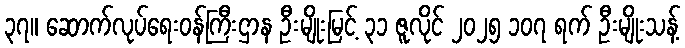
၃၇။ ဆောက်လုပ်ရေးဝန်ကြီးဌာန ဦးမျိုးမြင့် ၃၁ ဇူလိုင် ၂၀၂၅ ၁၀၇ ရက် ဦးမျိုးသန့်